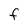
Character: F